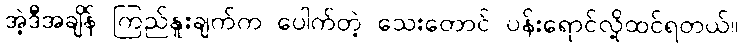
အဲ့ဒီအချိန် ကြည်နူးချက်က ပေါက်တဲ့ သေးတောင် ပန်းရောင်လို့ထင်ရတယ်။